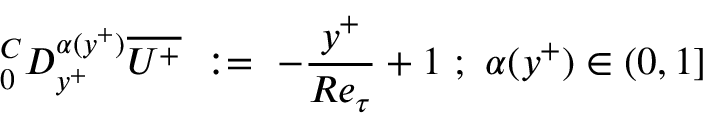
^ C _ { 0 } D _ { y ^ { + } } ^ { \alpha ( y ^ { + } ) } \overline { { U ^ { + } } } ~ : = ~ - { \frac { y ^ { + } } { R e _ { \tau } } } + 1 ~ ; ~ \alpha ( y ^ { + } ) \in ( 0 , 1 ]